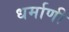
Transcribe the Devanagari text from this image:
धर्माणी